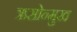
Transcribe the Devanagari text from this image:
ऋसोन्मुख